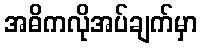
အဓိကလိုအပ်ချက်မှာ